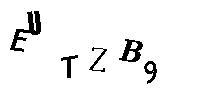
EUTZB9